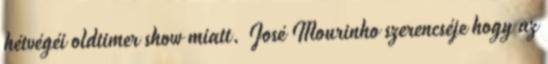
hétvégéi oldtimer show miatt. José Mourinho szerencséje hogy az